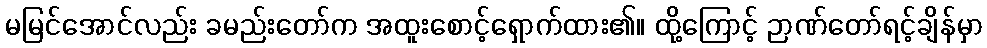
မမြင်အောင်လည်း ခမည်းတော်က အထူးစောင့်ရှောက်ထား၏။ ထို့ကြောင့် ဉာဏ်တော်ရင့်ချိန်မှာ